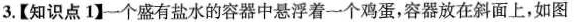
3.【知识点1】-个盛有盐水的容器中悬浮着一个鸡蛋，容器放在斜面上，如图